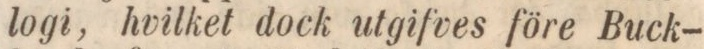
logi, hvilket dock utgifves före Buck-